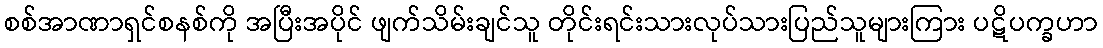
စစ်အာဏာရှင်စနစ်ကို အပြီးအပိုင် ဖျက်သိမ်းချင်သူ တိုင်းရင်းသားလုပ်သားပြည်သူများကြား ပဋိပက္ခဟာ